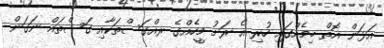
އަޅަން އޮތް ބިމެއްގައި ހުރި އެ ރަށު މީހެއްގެ ރއްގަސްތަކާއި ގަސްތައް ނަގަން